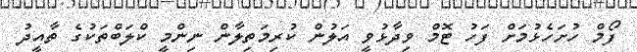
ފޯމް ހުށަހެޅުމަށް ފަހު ޓޮމް ވިދާޅުވީ އަލުން ކުރިމަތިލާން ނިންމީ ކްލަބްތަކުގެ ތާއީދު